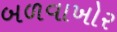
બળવાખોર